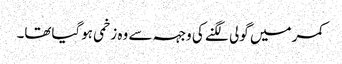
کمر میں گولی لگنے کی وجہہ سے وہ زخمی ہوگیاتھا۔